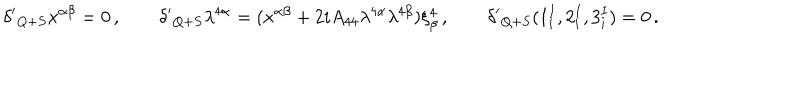
LaTeX: { \delta ^ { \prime } } _ { Q + S } x ^ { \alpha \beta } = 0 \, , \qquad { \delta ^ { \prime } } _ { Q + S } \lambda ^ { 4 \alpha } = ( x ^ { \alpha \beta } + 2 i A _ { 4 4 } \lambda ^ { 4 \alpha } \lambda ^ { 4 \beta } ) \xi _ { \beta } ^ { 4 } \, , \qquad { \delta ^ { \prime } } _ { Q + S } ( 1 _ { i } ^ { I } , 2 _ { i } ^ { I } , 3 _ { i } ^ { I } ) = 0 \, .